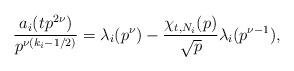
LaTeX: \begin{align*}\dfrac{a_i(tp^{2\nu})}{p^{\nu(k_i-1/2)}}=\lambda_i(p^\nu)-\frac{\chi_{t,N_i}(p)}{\sqrt{p}}\lambda_i(p^{\nu-1}),\end{align*}